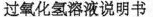
过氧化氢溶液说明书